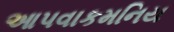
આપવાકમનિય